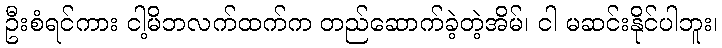
ဦးစံရင်ကား ငါ့မိဘလက်ထက်က တည်ဆောက်ခဲ့တဲ့အိမ်၊ ငါ မဆင်းနိုင်ပါဘူး၊